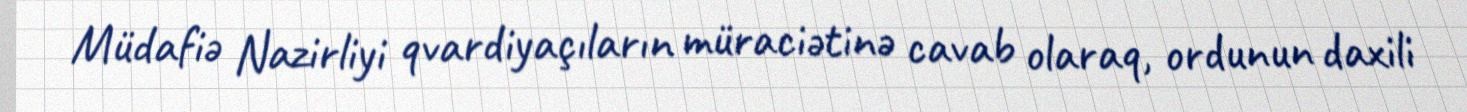
Müdafiə Nazirliyi qvardiyaçıların müraciətinə cavab olaraq, ordunun daxili